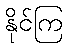
နိုင်ကြ